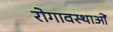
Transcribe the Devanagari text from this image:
रोगावस्थाओं